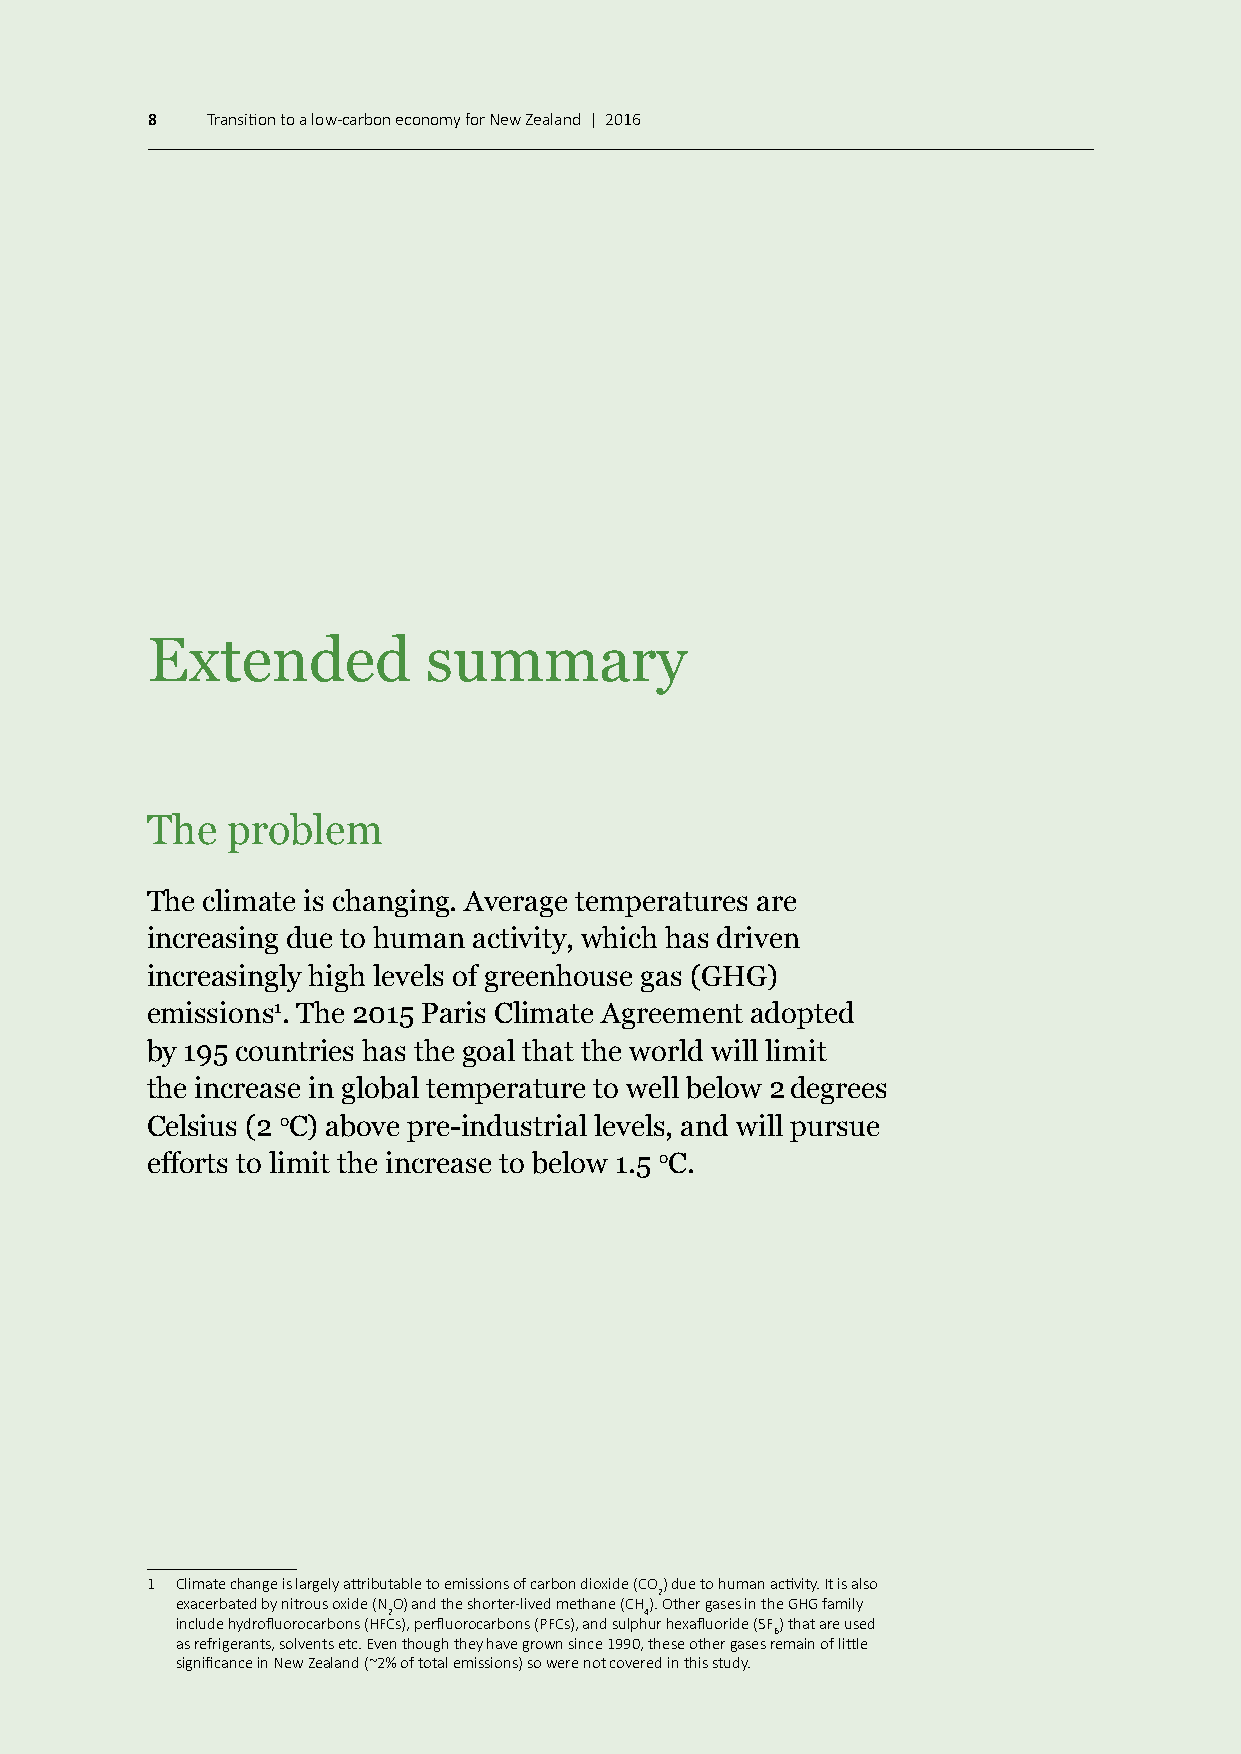
8   Transition to a low-carbon economy for New Zealand | 2016
 Extended          summary
 The  problem
 The climate is changing. Average temperatures are
 increasing due to human activity, which has driven
 increasingly high levels of greenhouse gas (GHG)
 emissions1. The 2015 Paris Climate Agreement adopted
 by 195 countries has the goal that the world will limit
 the increase in global temperature to well below 2 degrees
 Celsius (2 oC) above pre-industrial levels, and will pursue
 efforts to limit the increase to below 1.5 oC.
 1 Climate change is largely attributable to emissions of carbon dioxide (CO) due to human activity. It is also
 2
 exacerbated by nitrous oxide (NO) and the shorter-lived methane (CH). Other gases in the GHG family
 2                4
 include hydrofluorocarbons (HFCs), perfluorocarbons (PFCs), and sulphur hexafluoride (SF) that are used
 6
 as refrigerants, solvents etc. Even though they have grown since 1990, these other gases remain of little
 significance in New Zealand (~2% of total emissions) so were not covered in this study.